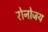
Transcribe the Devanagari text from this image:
रोनोजय